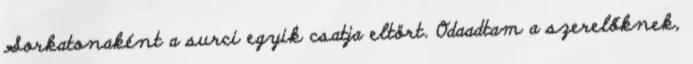
Sorkatonaként a surci egyik csatja eltört. Odaadtam a szerelőknek,